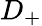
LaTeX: D_{+}